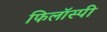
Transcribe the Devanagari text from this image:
फिलॉस्पी